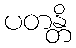
ပတန္တိ